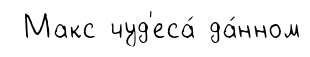
Макс чуд'еса́ да́нном